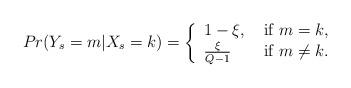
LaTeX: \begin{align*} Pr(Y_s=m|X_s=k)=\left\{\begin{array}{ll} 1-\xi, & \mbox{ if } m=k ,\\ \frac{\xi}{Q-1} & \mbox{ if } m\neq k. \end{array}\right. \end{align*}